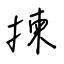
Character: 揀